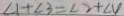
\angle 1 + \angle 3 = \angle 2 + \angle V